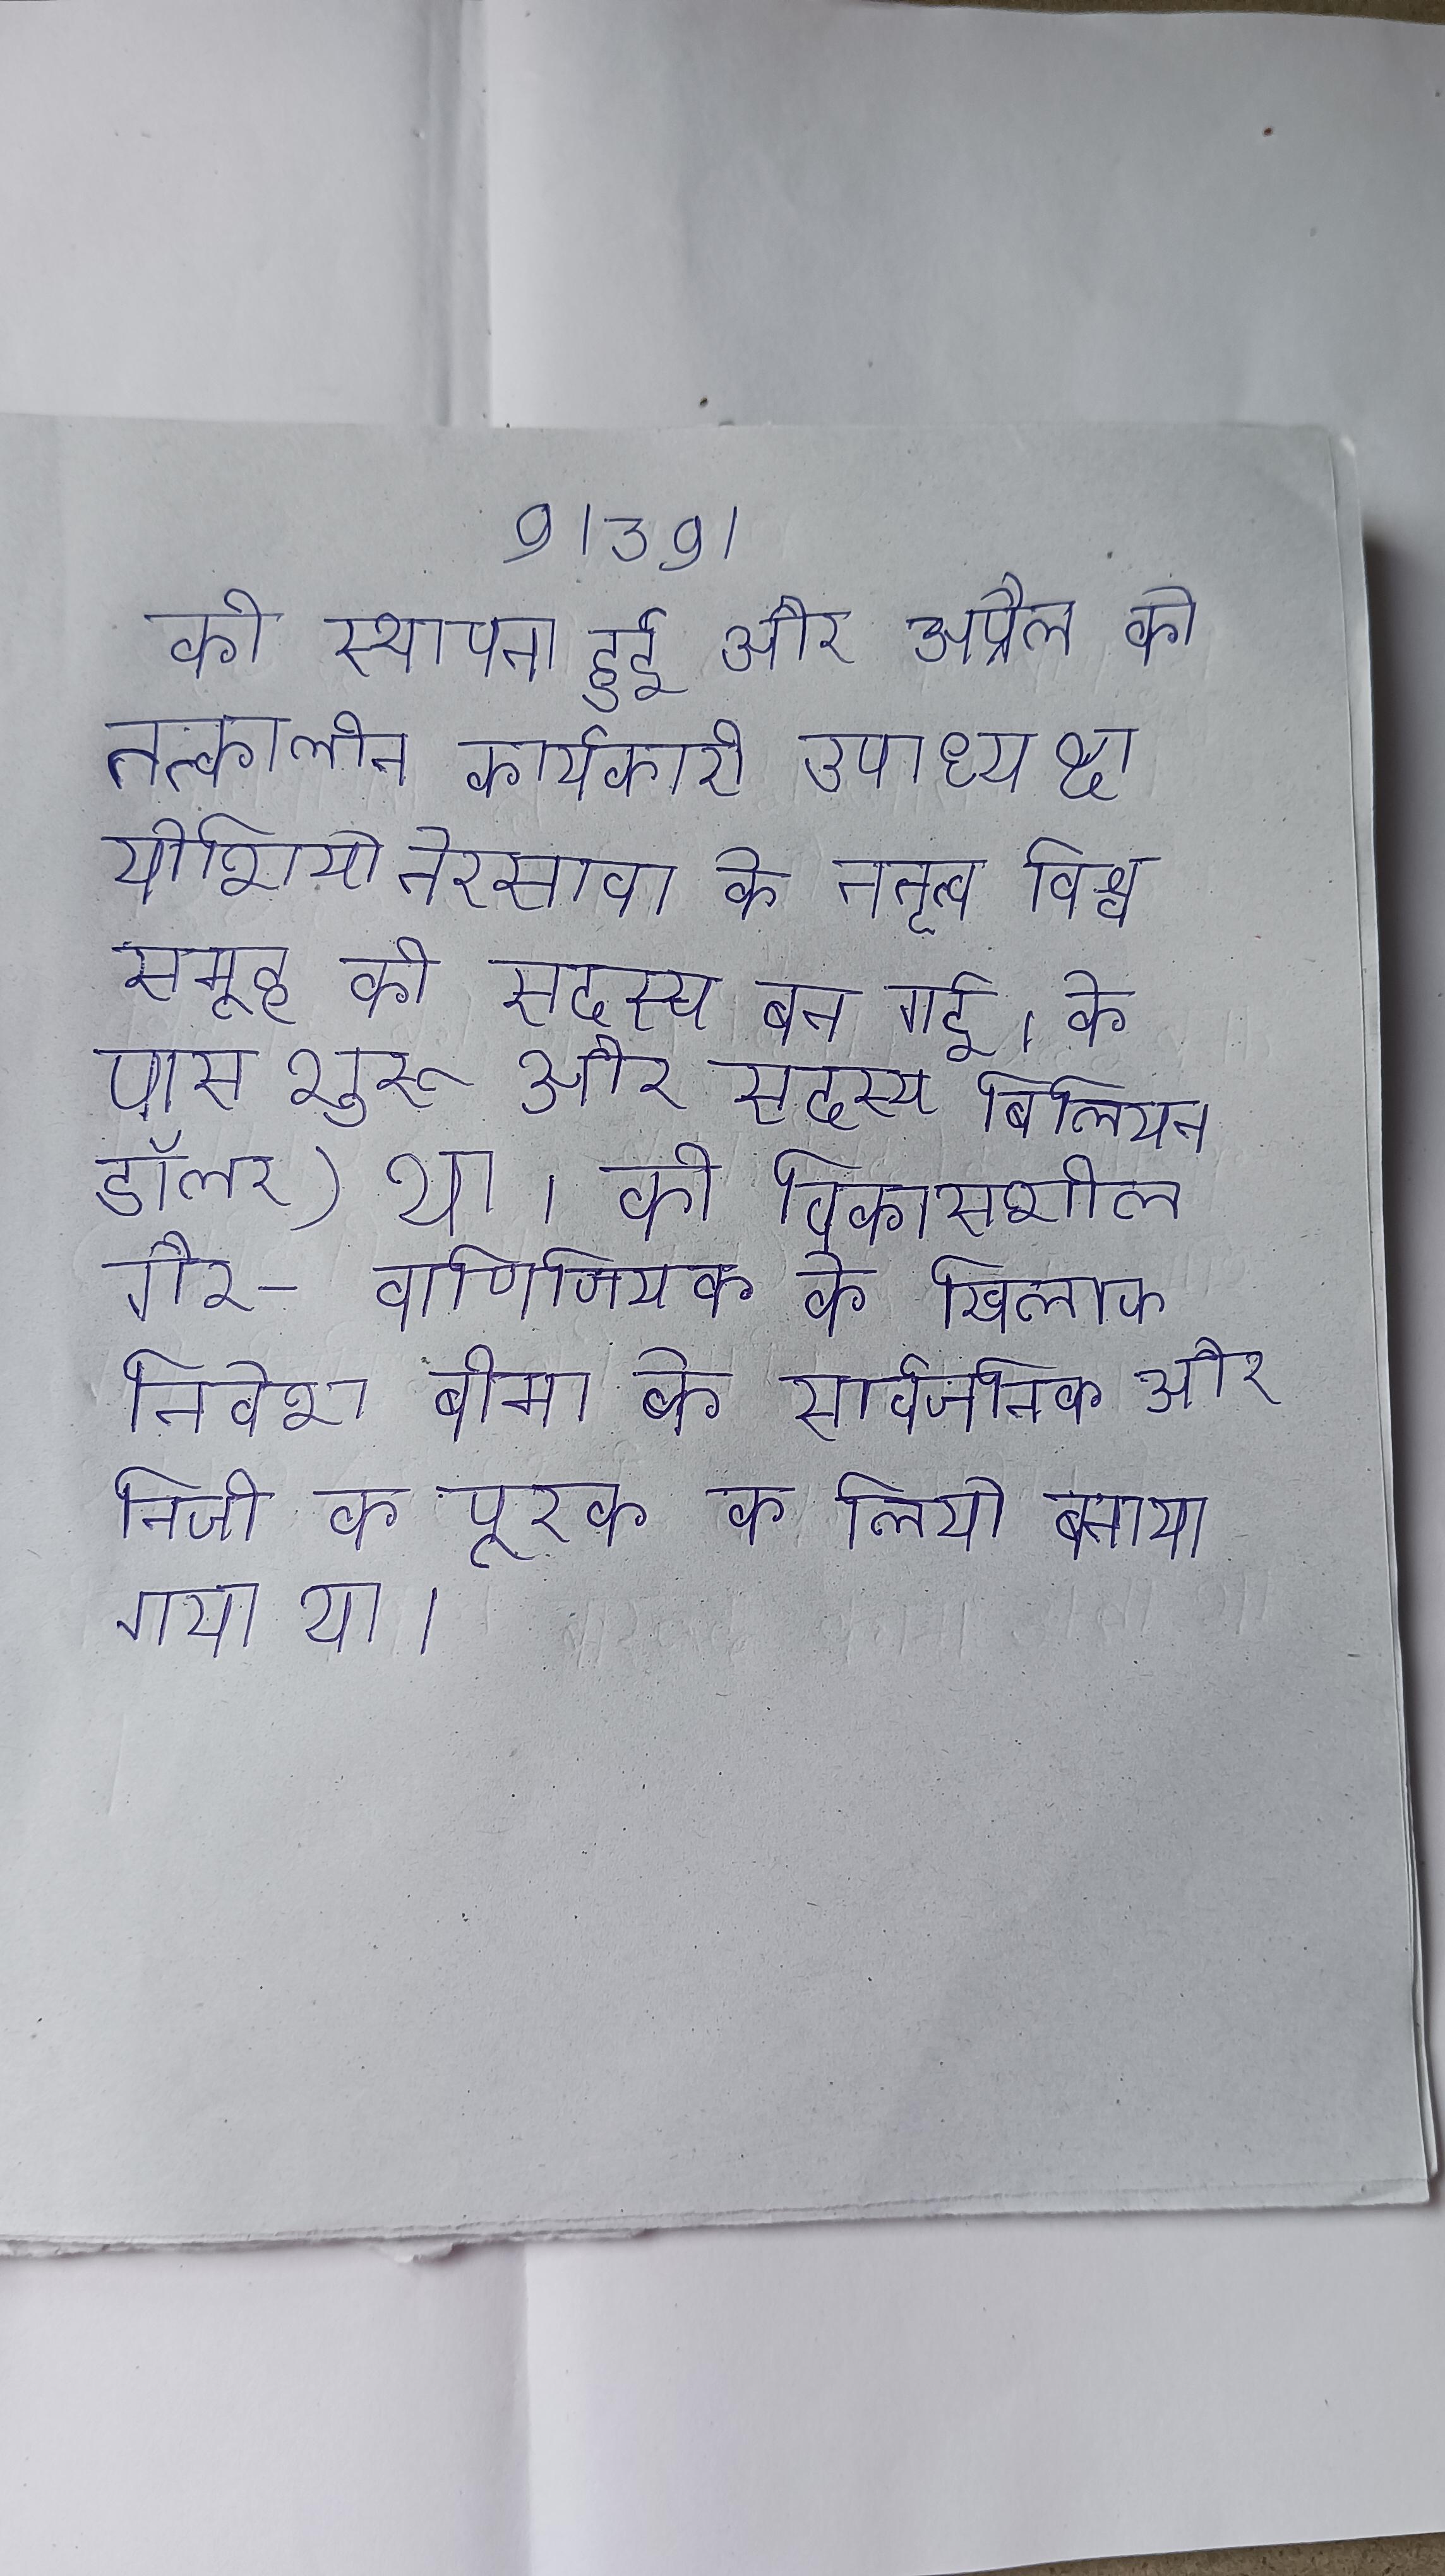
की स्थापना हुई और अप्रैल को तत्कालीन कार्यकारी उपाध्यक्ष योशियो तेरसावा के नेतृत्व विश्व समूह की सदस्य बन गई । के पास शुरू और सदस्य बिलियन डॉलर डॉलर बिलियन डॉलर) था । को विकासशील गैर-वाणिज्यिक के खिलाफ निवेश बीमा के सार्वजनिक और निजी के पूरक के लिये बनाया गया था ।